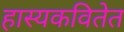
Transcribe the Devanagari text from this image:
हास्यकवितेत